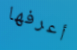
أعرفها